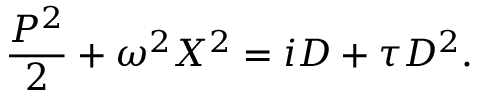
\frac { P ^ { 2 } } { 2 } + \omega ^ { 2 } X ^ { 2 } = i D + \tau D ^ { 2 } .